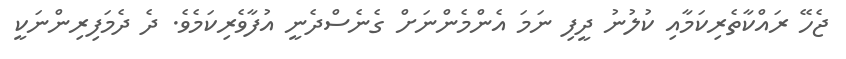
ޖެހޭ ރައްކާތެރިކަމާއި ކުލުނު ދީފި ނަމަ އެންމެންނަށް ގެނެސްދެނީ އުފާވެރިކަމެވެ. ދެ ދެމަފިރިންނަކީ